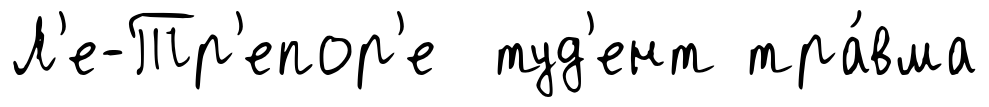
Л'е-Тр'епор'е туд'ент тра́вма